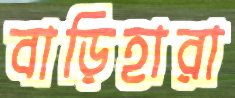
বাড়িহারা